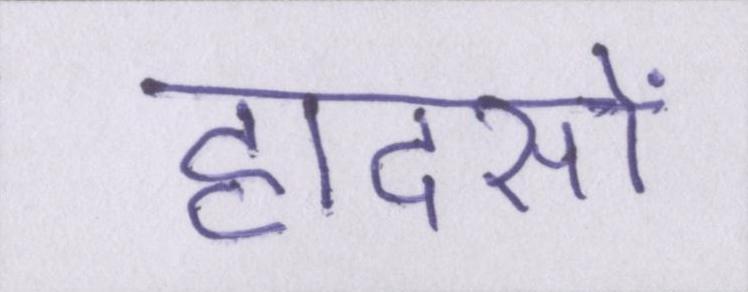
हादसों